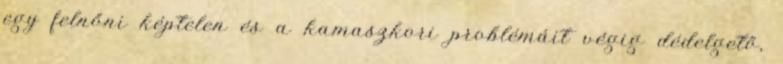
egy felnőni képtelen és a kamaszkori problémáit végig dédelgető,